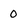
Character: 0